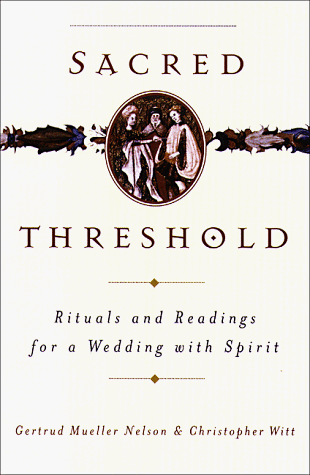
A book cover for Sacred Threshold: Rituals and Readings for a Wedding with Spirit; Gertrud Mueller Nelson; Crafts, Hobbies & Home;